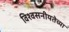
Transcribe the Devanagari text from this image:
विश्वसनीयतेच्या